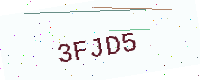
Text: 3FJD5